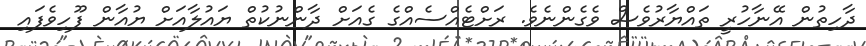
ދާހިތުން އޭނާހުރީ ތައްޔާރުވެސް ވެެގެންނެވެ. ރަށްޓެއްސެއްގެ ގެއަށް ދާންނުކުތް ޔައުލާއަށް ޔުއާން ފޫހިވެފައިި